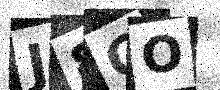
Text: J8OO